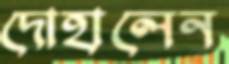
দোহালেন